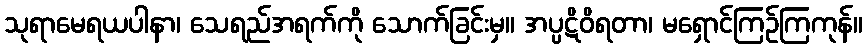
သုရာမေရယပါနာ၊ သေရည်အရက်ကို သောက်ခြင်းမှ။ အပ္ပဋိဝိရတာ၊ မရှောင်ကြဉ်ကြကုန်။